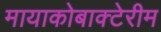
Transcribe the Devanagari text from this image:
मायाकोबाक्टेरीम